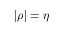
| \rho | = \eta